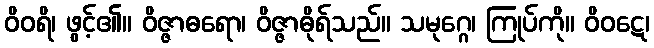
ဝိဝရိ၊ ဖွင့်၏။ ဝိဇ္ဇာဓရော၊ ဝိဇ္ဇာဓိုရ်သည်။ သမုဂ္ဂေ၊ ကြုပ်ကို။ ဝိဝဋေ၊